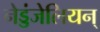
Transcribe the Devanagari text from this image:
नेड्डंजेलियन्